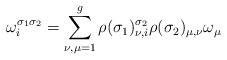
LaTeX: \begin{align*}\omega_i^{\sigma_1 \sigma_2}=\sum_{\nu,\mu=1}^{g}\rho(\sigma_1)^{\sigma_2}_{\nu,i} \rho(\sigma_2)_{\mu,\nu} \omega_\mu\end{align*}